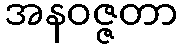
အနဝဇ္ဇတာ